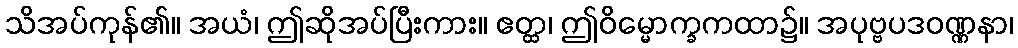
သိအပ်ကုန်၏။ အယံ၊ ဤဆိုအပ်ပြီးကား။ ဧတ္ထ၊ ဤဝိမ္မောက္ခကထာ၌။ အပုဗ္ဗပဒဝဏ္ဏနာ၊